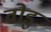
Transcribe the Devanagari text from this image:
वोडु